system: You are a helpful assistant.
user:
Analyze the provided spectrum to determine if it is a **M-type Giant (gM)**.

A M-type Giant spectrum is defined by its **strong molecular absorption** features, particularly from **Titanium Oxide (TiO)**. You must check for one of the following mutually exclusive signatures:

- **Key Visual Indicators (Absorption-Dominated Spectrum):**

    - **(Primary):** The spectrum is dominated by strong molecular absorption from **Titanium Oxide (TiO)**. This is the **defining feature** of its M-type temperature class.
        - **(Key Bandheads):** Look for sharp, "saw-tooth" absorption valleys. The strongest are located near **~7050 Å**, **~6160 Å**, and **~5170 Å**.
        - **(Line Profile):** The "saw-tooth" morphology is critical: a **sharp, steep drop on the BLUE (short-wavelength) side** of the bandhead, followed by a gradual recovery (rising flux) towards the RED (long-wavelength) side.

    - **(Key Confirmation - Giant vs. Dwarf):** **ABSENCE** of strong **Calcium Hydride (CaH)** molecular bands. This is the primary diagnostic for *excluding* M-dwarfs.
        - **(Key Region):** The spectrum should lack the strong, broad absorption band seen in dwarfs between **~6800 Å and ~7000 Å**.

    - **(Secondary Confirmation - Giant):** A very strong and broad **Neutral Calcium (Ca I)** atomic absorption line.
        - **(Key Line):** Located at **~4226 Å**. In a giant (gM), this line is significantly deeper and broader than the same line in an M-dwarf (dM) due to low surface gravity.

    - **(Overall Spectrum):**
        - The continuum is **extremely red-sloping** (i.e., flux is very low in the blue and rises dramatically towards the red).
        - The entire spectrum appears "chopped up" by the deep TiO bands.

Think first, call **spectral_visualization_tool** if needed to examine features in detail, then provide your final answer. Your response must adhere to the following strict rules:
1.  **Overall Structure:** Your response must follow the format `<think>...</think> <tool_call>...</tool_call> (if a tool is used) <answer>...</answer>`.
2.  **Tool Usage Constraint:** You may only make **one** tool call per turn.
3.  **Final Answer Format:** In the `<answer>` tag, your conclusion must be inside a `\boxed{}` command (e.g., `\boxed{YES}` or `\boxed{NO}`), followed by your justification.

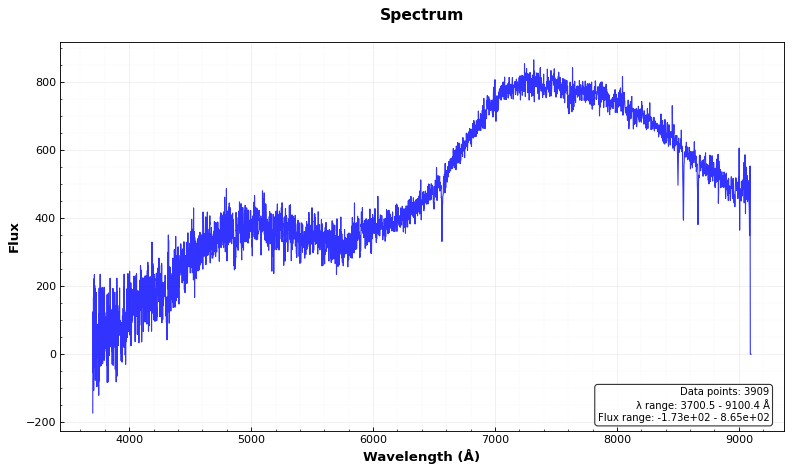
Answer: NO